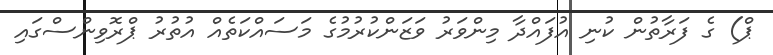
ޕް) ގެ ފަރާތުން ކުނި އުފައްދާ މިންވަރު ވަޒަންކުރުމުގެ މަސައްކަތެއް އުތުރު ޕްރޮވިންސްގައި